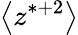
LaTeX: \big<z^{*+2}\big>